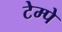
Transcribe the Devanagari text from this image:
टेम्पे